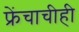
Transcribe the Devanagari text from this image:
फ्रेंचाचीही